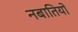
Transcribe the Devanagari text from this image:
नबातियों